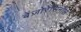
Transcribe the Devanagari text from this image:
बेंज़ोरेसिनोल